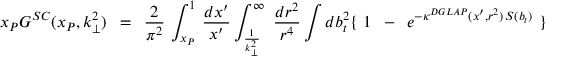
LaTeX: x _ { P } G ^ { S C } ( x _ { P } , k _ { \perp } ^ { 2 } ) \, \, \, = \, \, \, \frac { 2 } { \pi ^ { 2 } } \, \int _ { x _ { P } } ^ { 1 } \, \frac { d x ^ { \prime } } { x ^ { \prime } } \int _ { \frac { 1 } { k _ { \perp } ^ { 2 } } } ^ { \infty } \, \, \frac { d r ^ { 2 } } { r ^ { 4 } } \int d b _ { t } ^ { 2 } \{ \, \, 1 \, \, \, - \, \, \, e ^ { - \kappa ^ { D G L A P } ( x ^ { \prime } , r ^ { 2 } ) \, S ( b _ { t } ) } \, \, \} \, \,